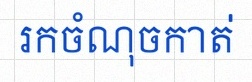
រកចំណុចកាត់